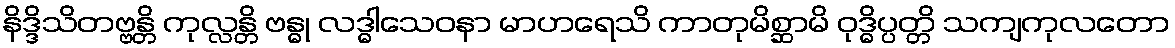
နိဒ္ဒိသိတဗ္ဗန္တိ ကုလ္လန္တိ ဗန္ဓု လဒ္ဓါသေဝနာ မာဟရေသိ ကာတုမိစ္ဆာမိ ဝုဒ္ဓိပ္ပတ္တိ သကျကုလတော